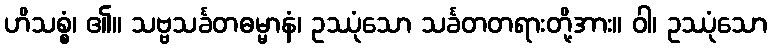
ဟိသစ္စံ၊ ၏။ သဗ္ဗသင်္ခတဓမ္မာနံ၊ ဥဿုံသော သင်္ခတတရားတို့အား။ ဝါ၊ ဥဿုံသော